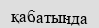
қабатында